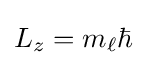
L_{z}=m_{\ell }\hbar \,\!